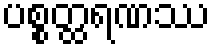
ပစ္စတ္ထရဏဿ